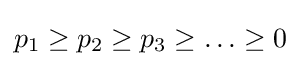
p_{1}\geq p_{2}\geq p_{3}\geq \ldots \geq 0